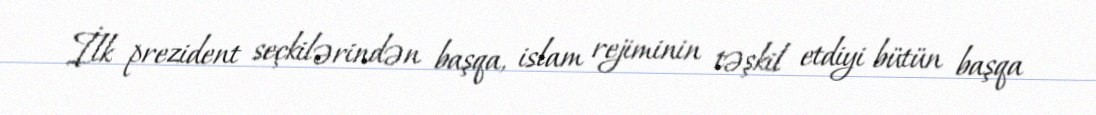
İlk prezident seçkilərindən başqa, islam rejiminin təşkil etdiyi bütün başqa